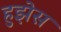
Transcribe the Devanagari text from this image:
हुझेस